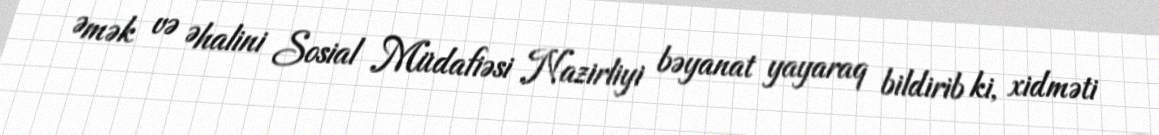
Əmək və Əhalini Sosial Müdafiəsi Nazirliyi bəyanat yayaraq bildirib ki, xidməti